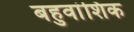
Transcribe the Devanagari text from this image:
बहुवांशिक